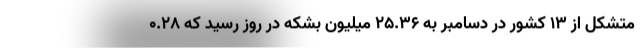
متشکل از ۱۳ کشور در دسامبر به ۲۵.۳۶ میلیون بشکه در روز رسید که ۰.۲۸